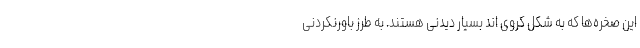
این صخره‌ها که به شکل کروی اند بسیار دیدنی هستند. به طرز باورنکردنی